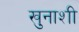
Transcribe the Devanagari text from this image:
खुनाशी